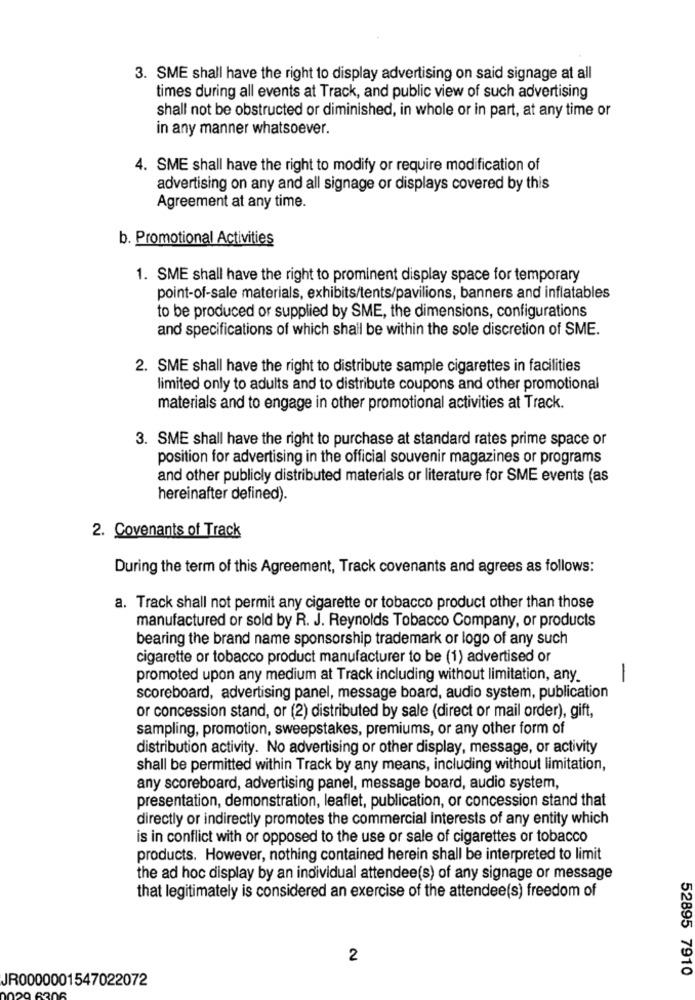
3. SME shall have the right to display advertising on said signage at all
times during all events at Track, and public view of such advertising
shall not be obstructed or diminished, in whole or in part, at any time or
in any manner whatsoever.
4. SME shall have the right to modify or require modification of
advertising on any and all signage or displays covered by this
Agreement at any time.
b. Promotional Activities
1. SME shall have the right to prominent display space for temporary
point-of-sale materials, exhibits/tents/pavilions, banners and inflatables
to be produced or supplied by SME, the dimensions, configurations
and specifications of which shall be within the sole discretion of SME.
2. SME shall have the right to distribute sample cigarettes in facilities
limited only to adults and to distribute coupons and other promotional
materials and to engage in other promotional activities at Track.
3. SME shall have the right to purchase at standard rates prime space or
position for advertising in the official souvenir magazines or programs
and other publicly distributed materials or literature for SME events (as
hereinafter defined).
2. Covenants of Track
During the term of this Agreement, Track covenants and agrees as follows:
a. Track shall not permit any cigarette or tobacco product other than those
manufactured or sold by R. J. Reynolds Tobacco Company, or products
bearing the brand name sponsorship trademark or logo of any such
cigarette or tobacco product manufacturer to be (1) advertised or
promoted upon any medium at Track including without limitation, any.
-
scoreboard, advertising panel, message board, audio system, publication
or concession stand, or (2) distributed by sale (direct or mail order), gift,
sampling, promotion, sweepstakes, premiums, or any other form of
distribution activity. No advertising or other display, message, or activity
shall be permitted within Track by any means, including without limitation,
any scoreboard, advertising panel, message board, audio system,
presentation, demonstration, leaflet, publication, or concession stand that
directly or indirectly promotes the commercial interests of any entity which
is in conflict with or opposed to the use or sale of cigarettes or tobacco
products. However, nothing contained herein shall be interpreted to limit
the ad hoc display by an individual attendee(s) of any signage or message
that legitimately is considered an exercise of the attendee(s) freedom of
2
JR0000001547022072
52895 7910